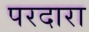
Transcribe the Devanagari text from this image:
परदारा